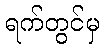
ရက်တွင်မှ